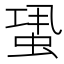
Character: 𧋳